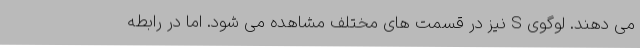
می دهند. لوگوی S نیز در قسمت های مختلف مشاهده می شود. اما در رابطه